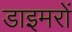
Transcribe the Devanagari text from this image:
डाइमरों